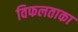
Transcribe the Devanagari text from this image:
विफलताका